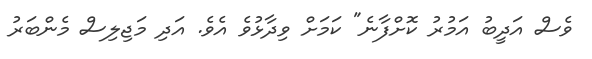
ވެސް އަދީބު އަމުރު ކޮށްފާނެ" ކަމަަށް ވިދާޅުވެ އެވެ. އަދި މަޖިލިސް މެންބަރު